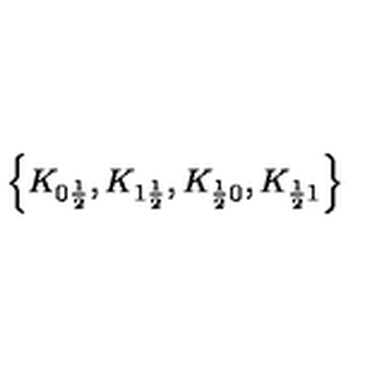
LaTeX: \left\{ K _ { 0 \frac { 1 } { 2 } } , K _ { 1 \frac { 1 } { 2 } } , K _ { \frac { 1 } { 2 } 0 } , K _ { \frac { 1 } { 2 } 1 } \right\}